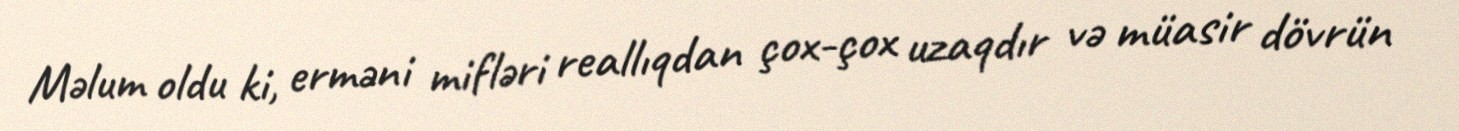
Məlum oldu ki, erməni mifləri reallıqdan çox-çox uzaqdır və müasir dövrün